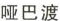
哑巴渡